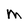
Character: M